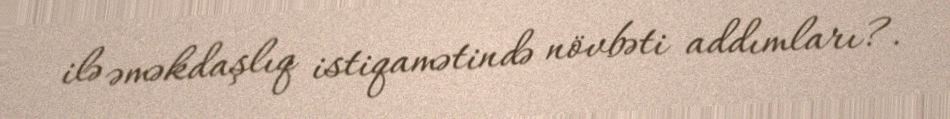
ilə əməkdaşlıq istiqamətində növbəti addımları?.